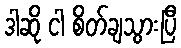
ဒါဆို ငါ စိတ်ချသွားပြီ